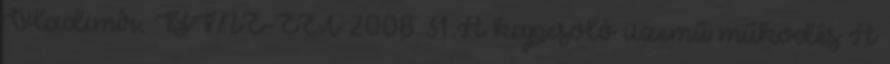
Vladimír, BME-EET 2008 31 A kapcsoló üzemű működés A